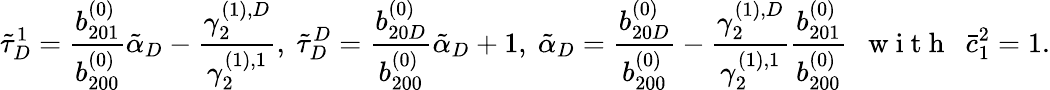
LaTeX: \tilde{\tau}_{D}^{1}=\frac{b_{201}^{(0)}}{b_{200}^{(0)}}\tilde{\alpha}_{D}-\frac{\gamma_{2}^{(1),D}}{\gamma_{2}^{(1),1}},\ \tilde{\tau}_{D}^{D}=\frac{b_{20D}^{(0)}}{b_{200}^{(0)}}\tilde{\alpha}_{D}+1,\ \tilde{\alpha}_{D}=\frac{b_{20D}^{(0)}}{b_{200}^{(0)}}-\frac{\gamma_{2}^{(1),D}}{\gamma_{2}^{(1),1}}\frac{b_{201}^{(0)}}{b_{200}^{(0)}}\mathrm{~~~w~i~t~h~~~}\bar{c}_{1}^{2}=1.